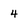
Character: 4